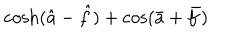
LaTeX: \cosh ( \hat { a } - \hat { f } ) + \cos ( \bar { a } + \bar { f } )